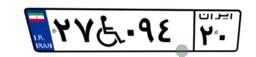
۲۷W۰۹۴۲۰